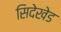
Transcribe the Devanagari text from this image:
सिदेखेड